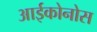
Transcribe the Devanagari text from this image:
आईकोनोस